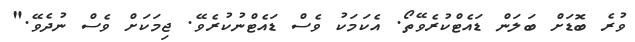
ވުރެ ބޮޑަށް ބަލަން ޑައެޓްކުރެވޭތޯ. އެކަމަކު ވެސް ޑައެޓްނުކުރެވޭ. ޖިމަކަށް ވެސް ނުދެވޭ."